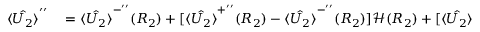
\begin{array} { r l } { \hat { \langle U _ { 2 } \rangle } ^ { \prime \prime } } & { { } = \hat { \langle U _ { 2 } \rangle } ^ { - ^ { \prime \prime } } ( R _ { 2 } ) + [ \hat { \langle U _ { 2 } \rangle } ^ { + ^ { \prime \prime } } ( R _ { 2 } ) - \hat { \langle U _ { 2 } \rangle } ^ { - ^ { \prime \prime } } ( R _ { 2 } ) ] \mathcal { H } ( R _ { 2 } ) + [ \hat { \langle U _ { 2 } \rangle } ^ { + ^ { \prime } } ( R _ { 2 } ) - \hat { \langle U _ { 2 } \rangle } ^ { - ^ { \prime } } ( R _ { 2 } ) ] \delta ( R _ { 2 } ) . } \end{array}